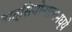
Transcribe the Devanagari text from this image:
नात्सियोनालामध्ये